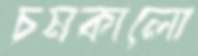
চমকালো